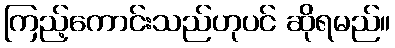
ကြည့်ကောင်းသည်ဟုပင် ဆိုရမည်။